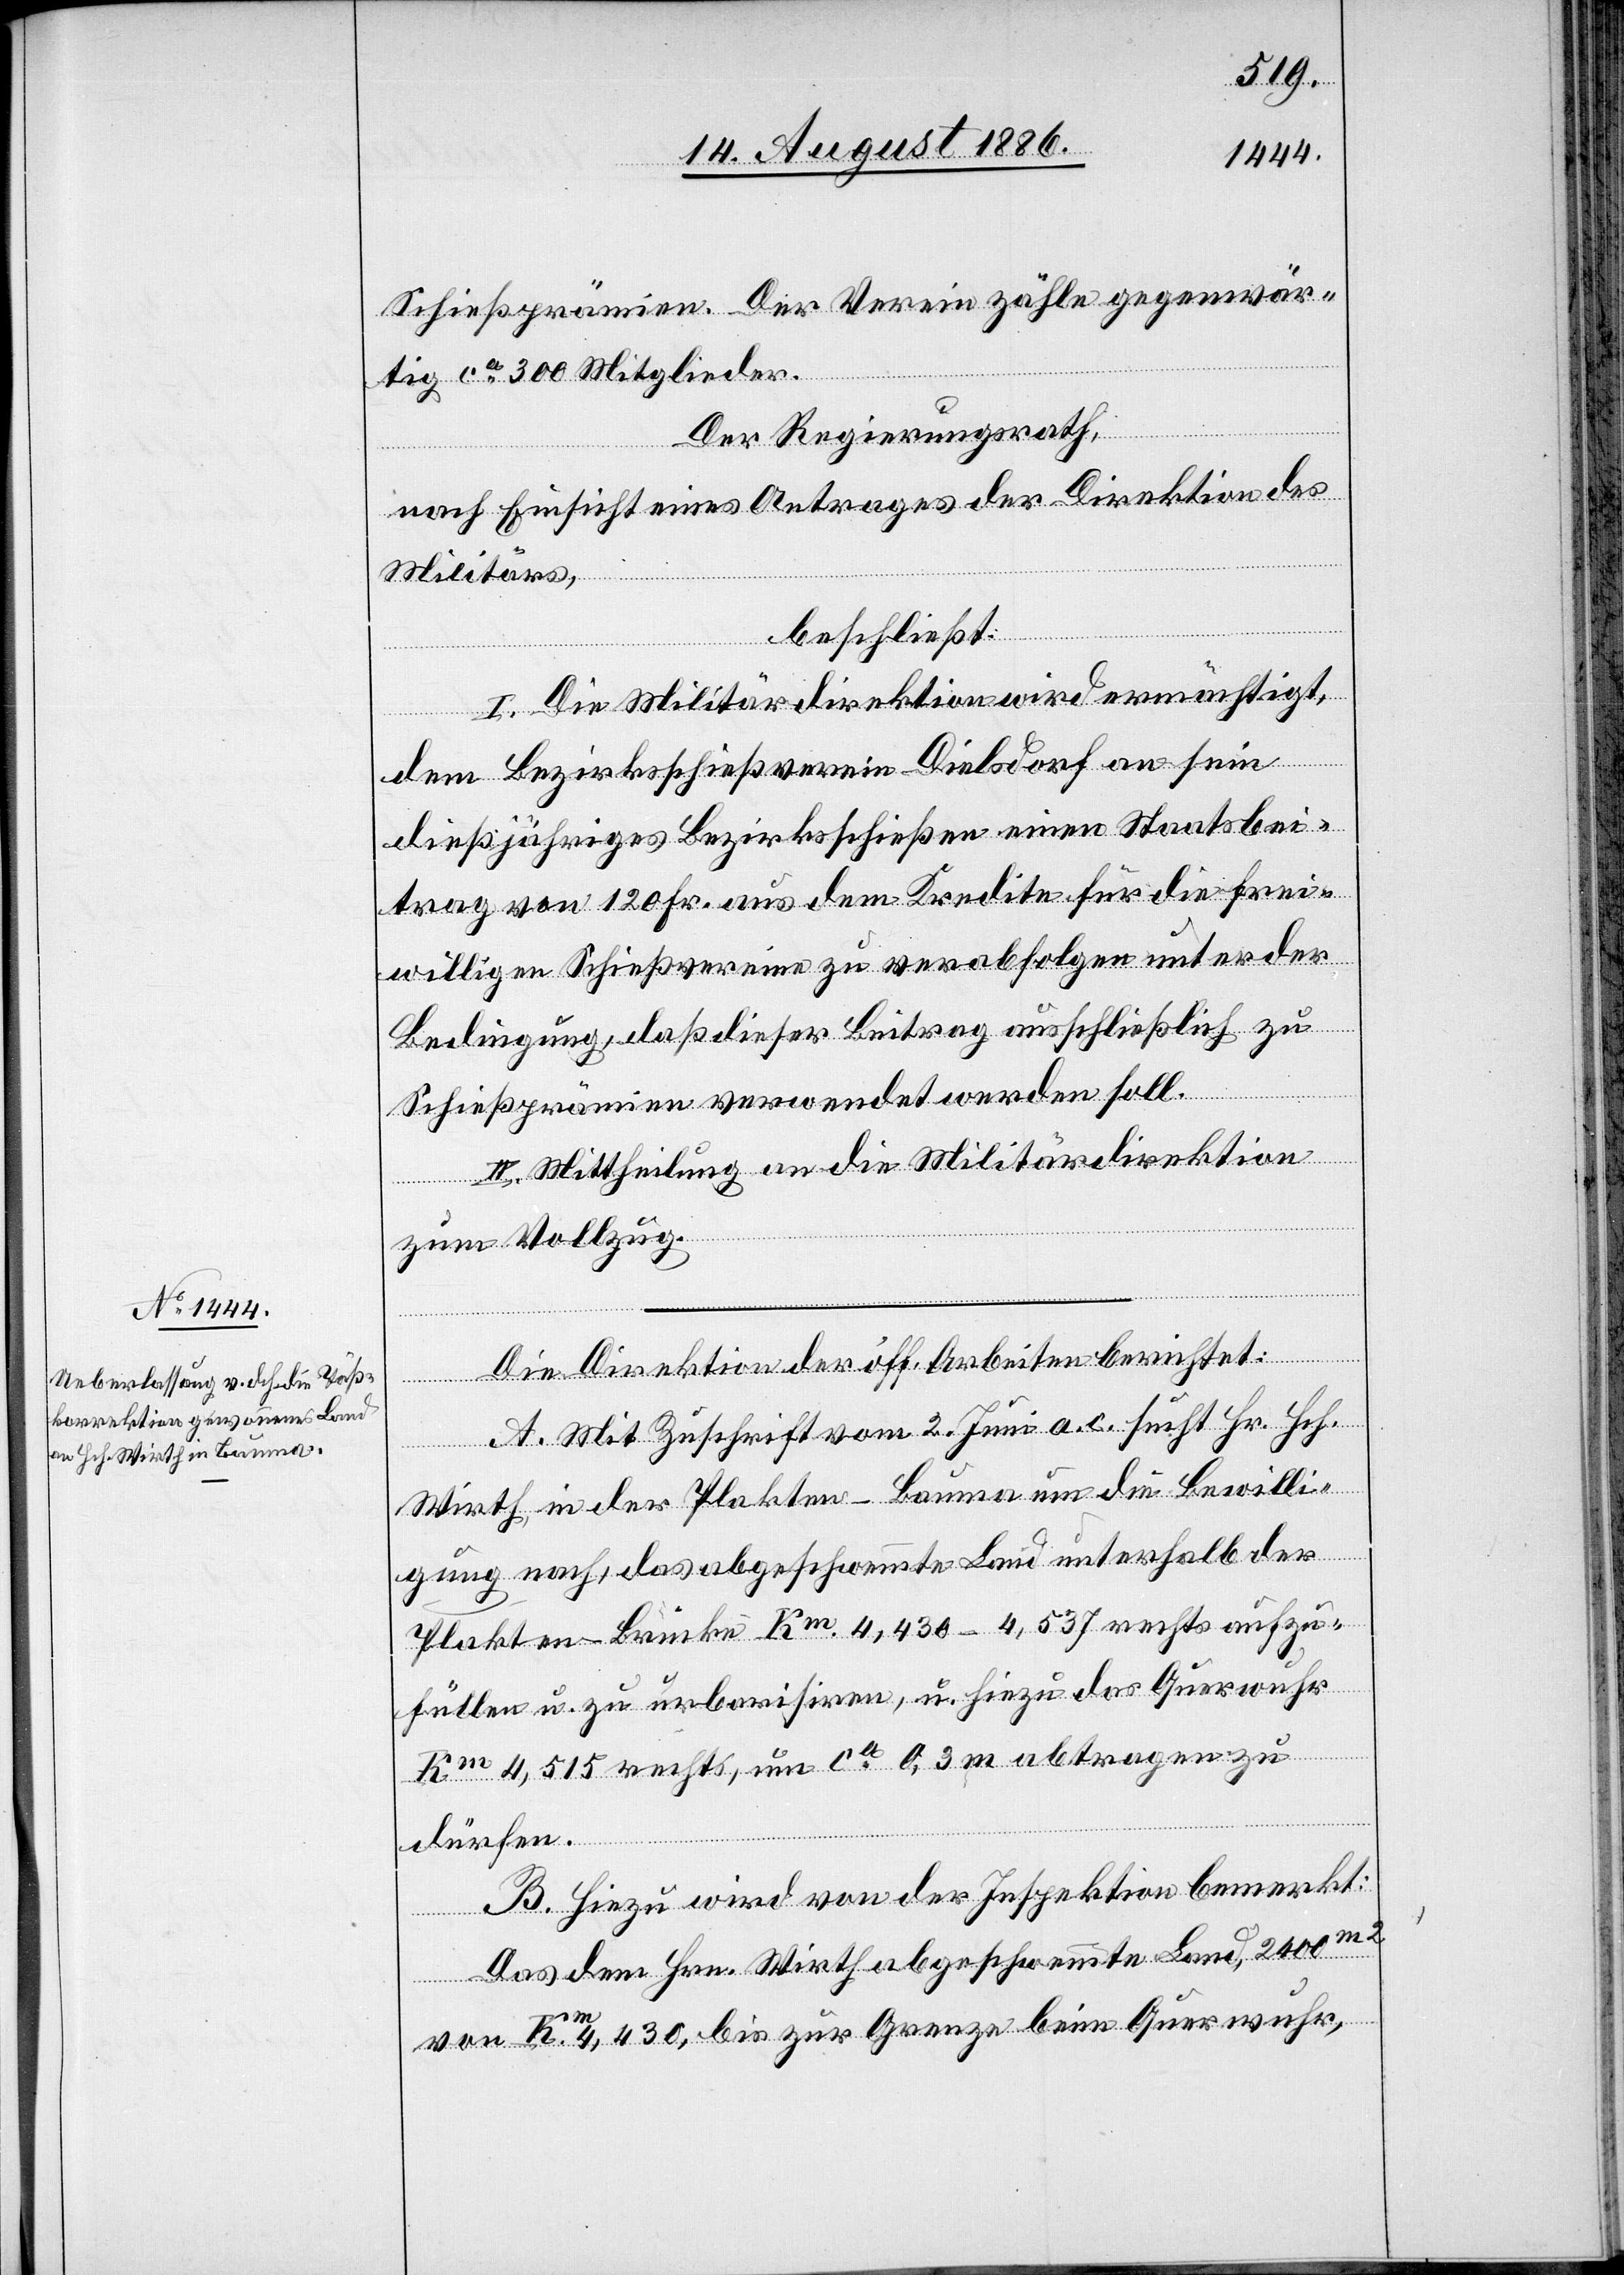
Schießprämien. Der Verein zähle gegenwär¬
tig ca 300 Mitglieder.
Der Regierungsrath,
nach Einsicht eines Antrages der Direktion der
Militärs,
beschließt:
I. Die Militärdirektion wird ermächtigt,
dem Bezirksschießverein Dielsdorf an sein
dießjähriges Bezirksschießen einen Staatsbei¬
trag von 120 Fr. aus dem Kredite für die frei¬
willigen Schießvereine zu verabfolgen unter der
Bedingung, daß dieser Beitrag ausschließlich zu
Schießprämien verwendet werden soll.
II. Mittheilung an die Militärdirektion
zum Vollzug.
Die Direktion der öff. Arbeiten berichtet:
A. Mit Zuschrift vom 2. Juni a. c. sucht Hr. Hch.
Wirth, in der Plakten - Bauma um die Bewilli¬
gung nach, das abgeschwemmte Land unterhalb der
Plakten-Brücke Km 4,430–4,537 rechts aufzu¬
füllen u. zu urbarisiren, u. hiezu das Querwuhr
Km 4,515 rechts, um ca 0,3m abtragen zu
dürfen.
B. Hiezu wird von der Inspektion bemerkt:
Das dem Hrn. Wirth abgeschwemmte Land, 2400 m2
von Km 4,430, bis zur Grenze beim Querwuhr,